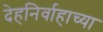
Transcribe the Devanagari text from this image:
देहनिर्वाहाच्या